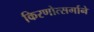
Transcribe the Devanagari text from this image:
किरणोत्सर्गाने